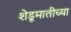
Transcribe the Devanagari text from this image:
शेडूमातीच्या